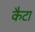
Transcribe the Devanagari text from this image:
कैटा